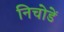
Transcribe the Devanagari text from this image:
निचोडें